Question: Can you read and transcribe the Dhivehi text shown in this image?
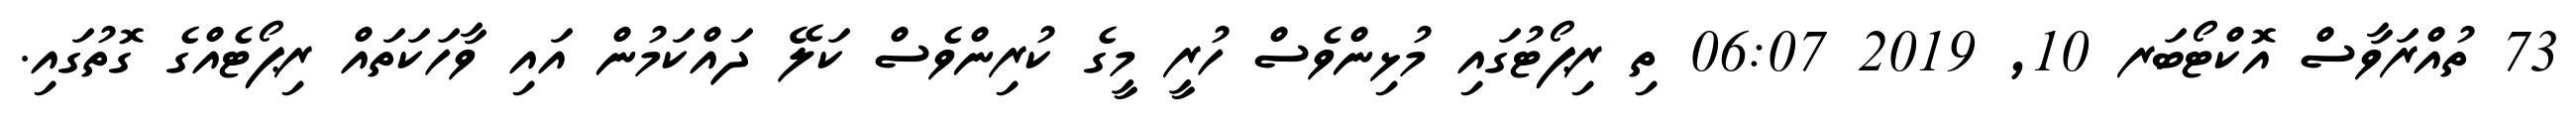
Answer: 73 ތުއްރަވާސް އޮކްޓޯބަރ 10, 2019 06:07 ތި ރިޕޯޓުގައި މުޅިންވެސް ހުރީ މީގެ ކުރިންވެސް ކަލޭ ދައްކަމުން އައި ވާހަކަތައް ރިޕޯޓެއްގެ ގޮތުގައި.